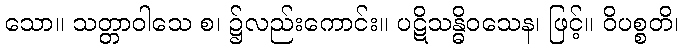
သော။ သတ္တာဝါသေ စ၊ ၌လည်းကောင်း။ ပဋိသန္ဓိဝသေန၊ ဖြင့်။ ဝိပစ္စတိ၊